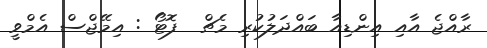
ރާއްޖެ އާއި އިންޑިއާ ބައްދަލުކުރި މެޗް  ފޮޓޯ : އިމޭޖްސް އެމްވީ